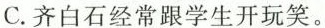
C.齐白石经常跟学生开玩笑。